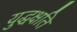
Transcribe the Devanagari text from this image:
युद्धक्षति